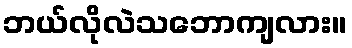
ဘယ်လိုလဲသဘောကျလား။